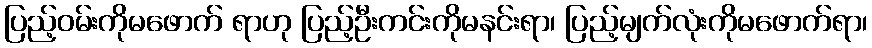
ပြည့်ဝမ်းကိုမဖောက် ရာဟု ပြည့်ဦးကင်းကိုမနင်းရာ၊ ပြည့်မျက်လုံးကိုမဖောက်ရာ၊